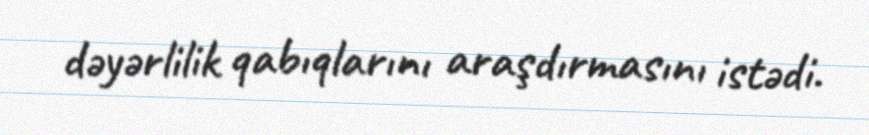
dəyərlilik qabıqlarını araşdırmasını istədi.